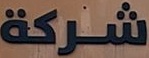
شركة